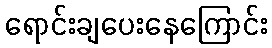
ရောင်းချပေးနေကြောင်း